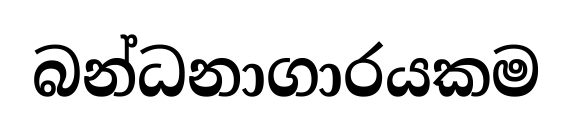
බන්ධනාගාරයකම